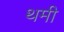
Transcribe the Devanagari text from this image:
थमी